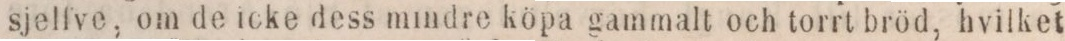
sjelfve. om de icke dess mindre köpa gammalt och torrt bröd, hvilket